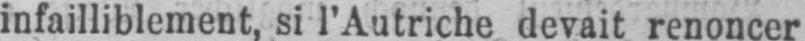
infailliblement, si l’Autriche devait renoncer